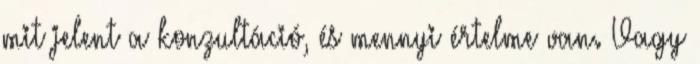
mit jelent a konzultáció, és mennyi értelme van. Vagy